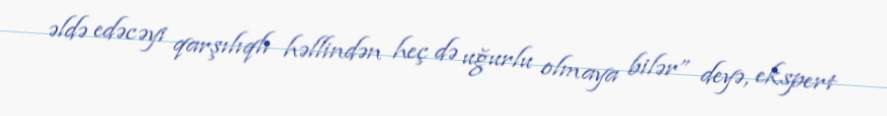
əldə edəcəyi qarşılıqlı həllindən heç də uğurlu olmaya bilər” deyə, ekspert